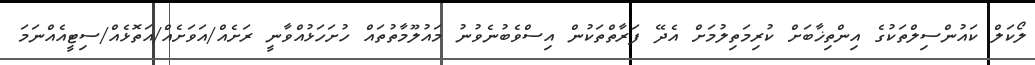
ލޯކަލް ކައުންސިލްތަކުގެ އިންތިޚާބަށް ކުރިމަތިލުމަށް އެދޭ ފަރާތްތަކުން އިސްވެބުނެވުނު މައުލޫމާތުތައް ހުށަހަޅުއްވާނީ ރަށެއް/އަވަށެއް/އަތޮޅެއް/ސިޓީއެއްނަމަ